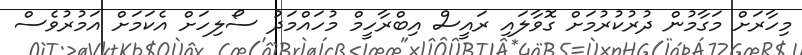
މިހާރަށް މަގާމުން ދުރުކުރުމަށް ގޮވާލައި ރައީސް އިބްރާހީމް މުހައްމަދު ސޯލިހަށް އެކަމަށް އަމުރުވެސް